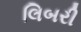
લિબરી